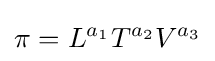
\pi =L^{a_{1}}T^{a_{2}}V^{a_{3}}